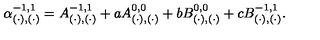
\alpha _ { ( \cdot ) , ( \cdot ) } ^ { - 1 , 1 } = A _ { ( \cdot ) , ( \cdot ) } ^ { - 1 , 1 } + a A _ { ( \cdot ) , ( \cdot ) } ^ { 0 , 0 } + b B _ { ( \cdot ) , ( \cdot ) } ^ { 0 , 0 } + c B _ { ( \cdot ) , ( \cdot ) } ^ { - 1 , 1 } .